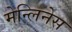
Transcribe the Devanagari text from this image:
मेन्लिनेस